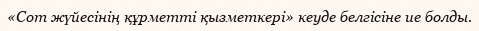
«Сот жүйесінің құрметті қызметкері» кеуде белгісіне ие болды.